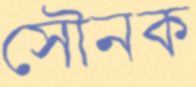
সৌনক